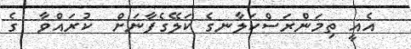
އެއީ ތިމަންރަސްކަލާނގެ ކަލޭގެފާނަށް  ކުރައްވާ  ގެ